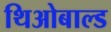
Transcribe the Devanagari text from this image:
थिओबाल्ड